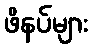
ဖိနပ်များ